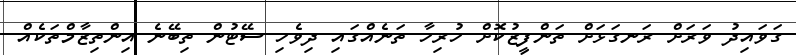
ގަވައިދު ވަރަށް ރަނގަޅަށް ތަންފީޒުކޮށް ހުރިހާ ތަނެއްގައި ދިވެހި ސޭޓުން ތިބޭނެ އިންތިޒާމްތަކެއް